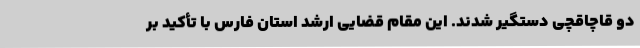
دو قاچاقچی دستگیر شدند. این مقام قضایی ارشد استان فارس با تأکید بر